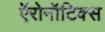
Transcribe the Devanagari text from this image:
ऍरोनॉटिक्स